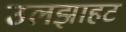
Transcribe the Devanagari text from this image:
उलझाहट